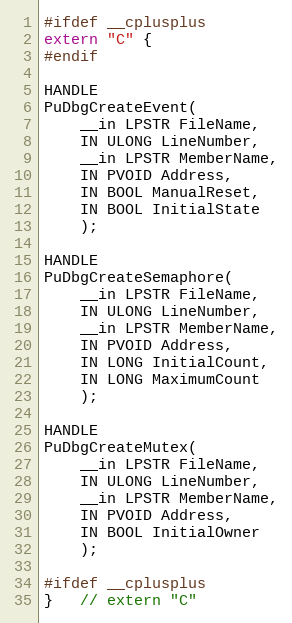
Language: C
#ifdef __cplusplus
extern "C" {
#endif

HANDLE
PuDbgCreateEvent(
    __in LPSTR FileName,
    IN ULONG LineNumber,
    __in LPSTR MemberName,
    IN PVOID Address,
    IN BOOL ManualReset,
    IN BOOL InitialState
    );

HANDLE
PuDbgCreateSemaphore(
    __in LPSTR FileName,
    IN ULONG LineNumber,
    __in LPSTR MemberName,
    IN PVOID Address,
    IN LONG InitialCount,
    IN LONG MaximumCount
    );

HANDLE
PuDbgCreateMutex(
    __in LPSTR FileName,
    IN ULONG LineNumber,
    __in LPSTR MemberName,
    IN PVOID Address,
    IN BOOL InitialOwner
    );

#ifdef __cplusplus
}   // extern "C"